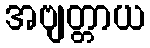
အဗျတ္တာယ